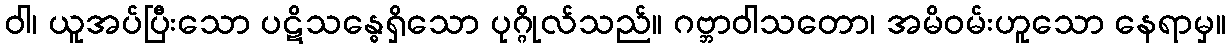
ဝါ၊ ယူအပ်ပြီးသော ပဋိသန္ဓေရှိသော ပုဂ္ဂိုလ်သည်။ ဂဗ္ဘာဝါသတော၊ အမိဝမ်းဟူသော နေရာမှ။